Civil Veterinary Department. United Provinces 1932-42 - 1932-1942
Year: 1932
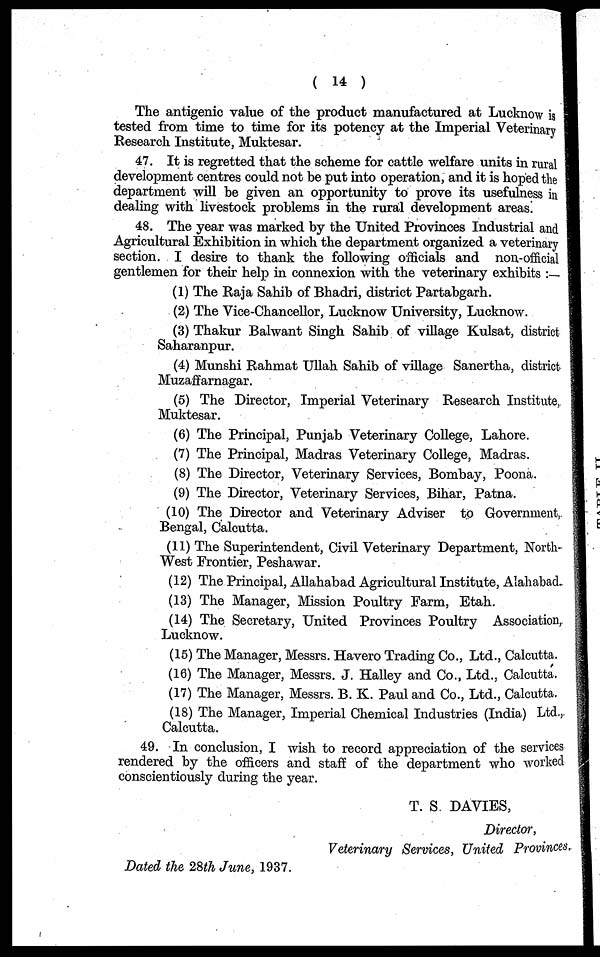
( 14 )
The antigenic value of the product manufactured at Lucknow is
tested from time to time for its potency at the Imperial Veterinary
Research Institute, Muktesar.
47. It is regretted that the scheme for cattle welfare units in rural
development centres could not be put into operation, and it is hoped the
department will be given an opportunity to prove its usefulness in
dealing with livestock problems in the rural development areas.
48. The year was marked by the United Provinces Industrial and
Agricultural Exhibition in which the department organized a veterinary
section. I desire to thank the following officials and non-official
gentlemen for their help in connexion with the veterinary exhibits:—
(1) The Raja Sahib of Bhadri, district Partabgarh.
(2) The Vice-Chancellor, Lucknow University, Lucknow.
(3) Thakur Balwant Singh Sahib of village Kulsat, district
Saharanpur.
(4) Munshi Rahmat Ullah Sahib of village Sanertha, district
Muzaffarnagar.
(5) The Director, Imperial Veterinary Research Institute,
Muktesar.
(6) The Principal, Punjab Veterinary College, Lahore.
(7) The Principal, Madras Veterinary College, Madras.
(8) The Director, Veterinary Services, Bombay, Poona.
(9) The Director, Veterinary Services, Bihar, Patna.
(10) The Director and Veterinary Adviser to Government,
Bengal, Calcutta.
(11) The Superintendent, Civil Veterinary Department, North-
West Frontier, Peshawar.
(12) The Principal, Allahabad Agricultural Institute, Alahabad.
(13) The Manager, Mission Poultry Farm, Etah.
(14) The Secretary, United Provinces Poultry Association,
Lucknow.
(15) The Manager, Messrs. Havero Trading Co., Ltd., Calcutta.
(16) The Manager, Messrs. J. Halley and Co., Ltd., Calcutta.
(17) The Manager, Messrs. B. K. Paul and Co., Ltd., Calcutta.
(18) The Manager, Imperial Chemical Industries (India) Ltd.,
Calcutta.
49. In conclusion, I wish to record appreciation of the services
rendered by the officers and staff of the department who worked
conscientiously during the year.
T. S. DAVIES,
Director,
Veterinary Services, United Provinces.
Dated the 28th June, 1937.